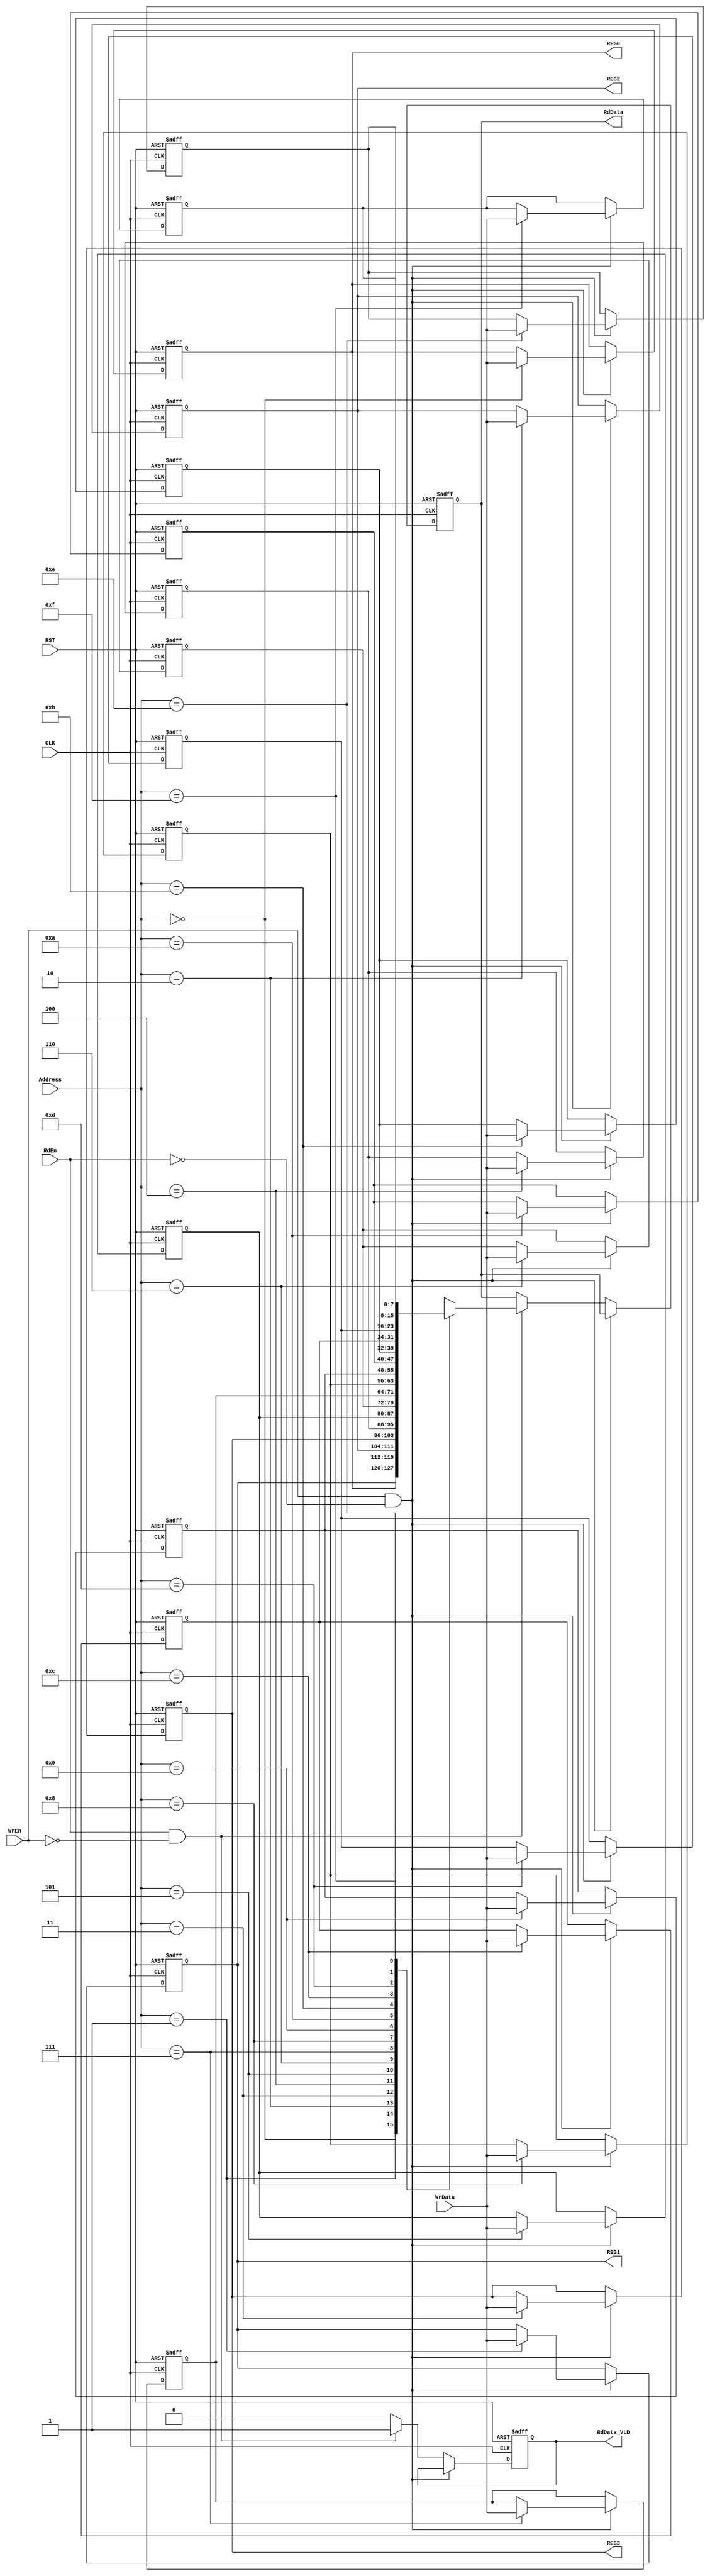

module RegFile #(parameter WIDTH = 8, DEPTH = 16, ADDR = 4 )

(
input    wire                CLK,
input    wire                RST,
input    wire                WrEn,
input    wire                RdEn,
input    wire   [ADDR-1:0]   Address,
input    wire   [WIDTH-1:0]  WrData,
output   reg    [WIDTH-1:0]  RdData,
output   reg                 RdData_VLD,
output   wire   [WIDTH-1:0]  REG0,
output   wire   [WIDTH-1:0]  REG1,
output   wire   [WIDTH-1:0]  REG2,
output   wire   [WIDTH-1:0]  REG3
);

integer I ; 
  
// register file of 8 registers each of 16 bits width
reg [WIDTH-1:0] regArr [DEPTH-1:0] ;    

always @(posedge CLK or negedge RST)
 begin
   if(!RST)  // Asynchronous active low reset 
    begin
	 RdData_VLD <= 1'b0 ;
	 RdData     <= 1'b0 ;
      for (I=0 ; I < DEPTH ; I = I +1)
        begin
		 if(I==2)
          regArr[I] <= 'b00100001 ;//configuratuin...[0]>parity enable activate ,[1]>parity type even (0),[6:2]>prescale (8)
		 else if (I==3) 
          regArr[I] <= 'b00001000 ;//divide ratio
         else
          regArr[I] <= 'b0 ;		 
        end
     end
   else if (WrEn && !RdEn) // Register Write Operation
     begin
      regArr[Address] <= WrData ;
     end
   else if (RdEn && !WrEn) // Register Read Operation
     begin    
       RdData <= regArr[Address] ;
	   RdData_VLD <= 1'b1 ;
     end  
   else
     begin
	   RdData_VLD <= 1'b0 ;
     end	 
  end

assign REG0 = regArr[0] ;
assign REG1 = regArr[1] ;
assign REG2 = regArr[2] ;
assign REG3 = regArr[3] ;


endmodule